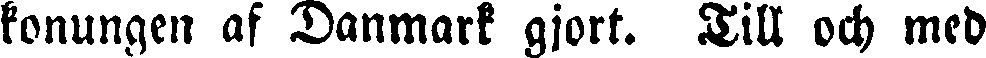
konungen af Danmark gjort. Till och med